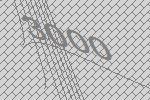
3000